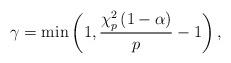
LaTeX: \begin{align*}\gamma=\min\left( 1,\frac{\chi_{p}^{2}\left( 1-\alpha\right) }{p}-1\right), \end{align*}